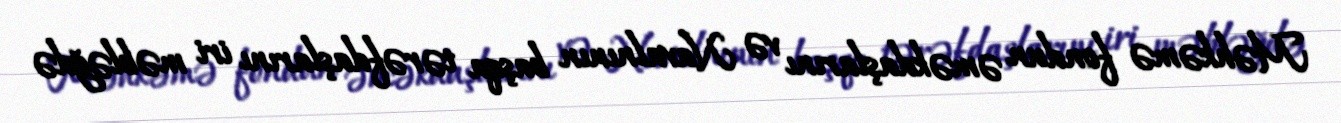
Məhkəmə fondun əməkdaşlarını və Navalnının başqa tərəfdaşlarını iri məbləğdə